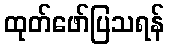
ထုတ်ဖော်ပြသရန်